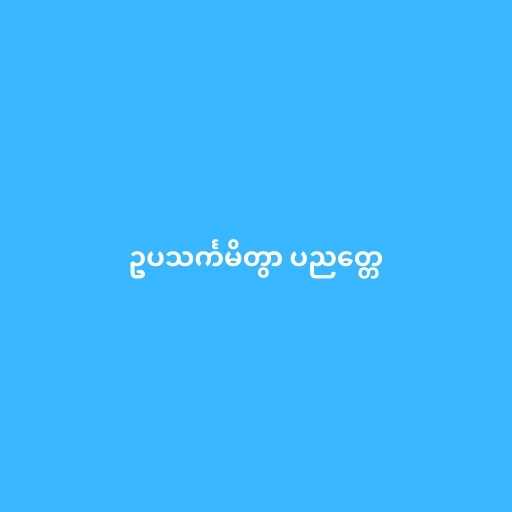
ဥပသင်္ကမိတွာ ပညတ္တေ